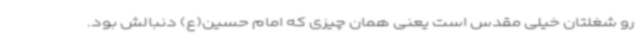
رو شغلتان خیلی مقدس است یعنی همان چیزی که امام حسین(ع) دنبالش بود.